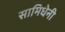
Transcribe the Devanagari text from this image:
सामिधेनी